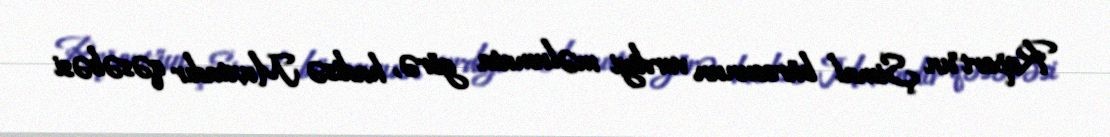
Report"un Şimal bürosunun verdiyi məlumata görə, hadisə Muxtadır qəsəbəsi